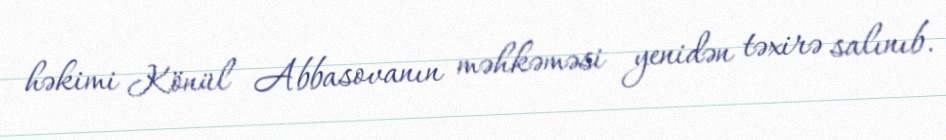
həkimi Könül Abbasovanın məhkəməsi yenidən təxirə salınıb.